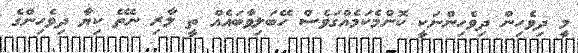
މީ ދިވެހިން ދިވެހިންނަކީ ކޮންމެކަމެއްގަވެސް ހޭބަލިވާބައެއް ތީ ލާރި ނެތޭ ކިޔާ ދިވެހިންގެ